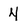
Character: 4